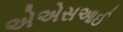
એએસઆઈ